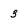
Character: 3